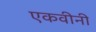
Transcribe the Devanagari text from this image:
एकवीनी